Leaving Certificate Examination (including Day School Certificate (Higher) General paper), 1932
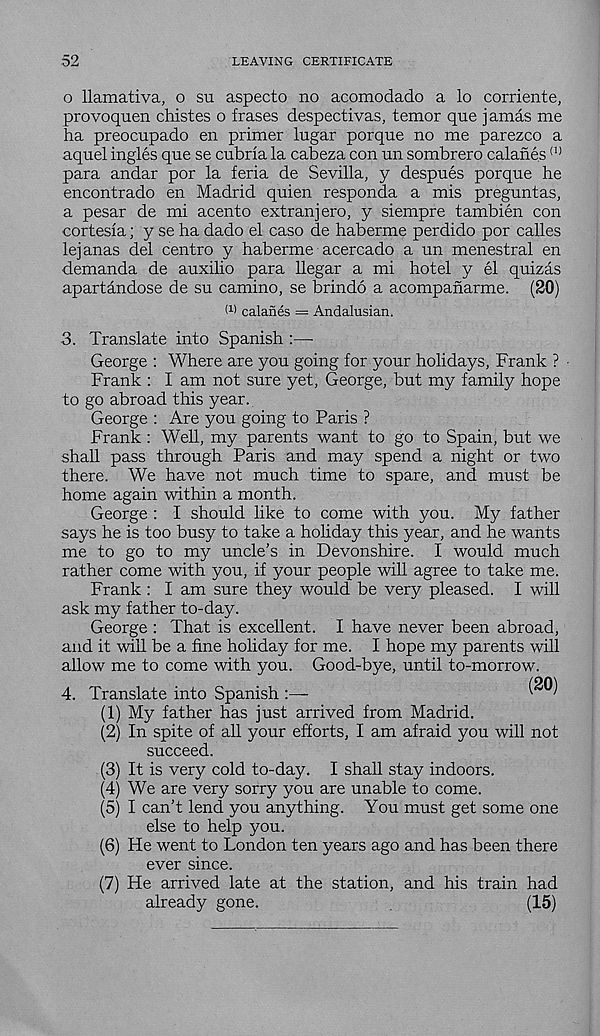
52
LEAVING CERTIFICATE
o llamativa, o su aspecto no acomodado a lo corriente,
provoquen chistes o frases despectivas, temor que jamas me
ha preocupado en primer lugar porque no me parezco a
aquel ingles que se cubria la cabeza con un sombrero calanes (I)
para andar por la feria de Sevilla, y despues porque he
encontrado en Madrid quien responda a mis preguntas,
a pesar de mi acento extranjero, y siempre tambien con
cortesia; y se ha dado el caso de haberme perdido por calles
lejanas del centro y haberme acercado a un menestral en
demanda de auxilio para llegar a mi hotel y el quizas
apartandose de su camino, se brindo a acompanarme. (20)
I 11 calanes = Andalusian.
3. Translate into Spanish :—-
George : Where are you going for your holidays, Frank ?
Frank : I am not sure yet, George, but my family hope
to go abroad this year.
George : Are you going to Paris ?
Frank: Well, my parents want to go to Spain, but we
shall pass through Paris and may spend a night or two
there. We have not much time to spare, and must be
home again within a month.
George : I should like to come with you. My father
says he is too busy to take a holiday this year, and he wants
me to go to my uncle’s in Devonshire. I would much
rather come with you, if your people will agree to take me.
Frank: I am sure they would be very pleased. I will
ask my father to-day.
George : That is excellent. I have never been abroad,
and it will be a fine holiday for me. I hope my parents will
allow me to come with you. Good-bye, until to-morrow.
4. Translate into Spanish
(1) My father has just arrived from Madrid.
(2) In spite of all your efforts, I am afraid you will not
succeed.
(3) It is very cold to-day. I shall stay indoors.
(4) We are very sorry you are unable to come.
(5) I can’t lend you anything. You must get some one
else to help you.
(6) He went to London ten years ago and has been there
ever since.
(7) He arrived late at the station, and his train had
already gone.
(15)